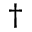
^ { \dagger }